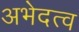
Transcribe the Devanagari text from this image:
अभेदत्व